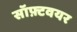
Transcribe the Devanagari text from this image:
सॉफ़्टवयर